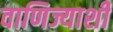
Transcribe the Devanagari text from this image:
वाणिज्याशी